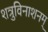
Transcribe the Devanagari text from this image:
शत्रुविनाशनम्